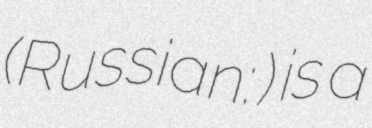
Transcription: (Russian: Сазоновский) is a